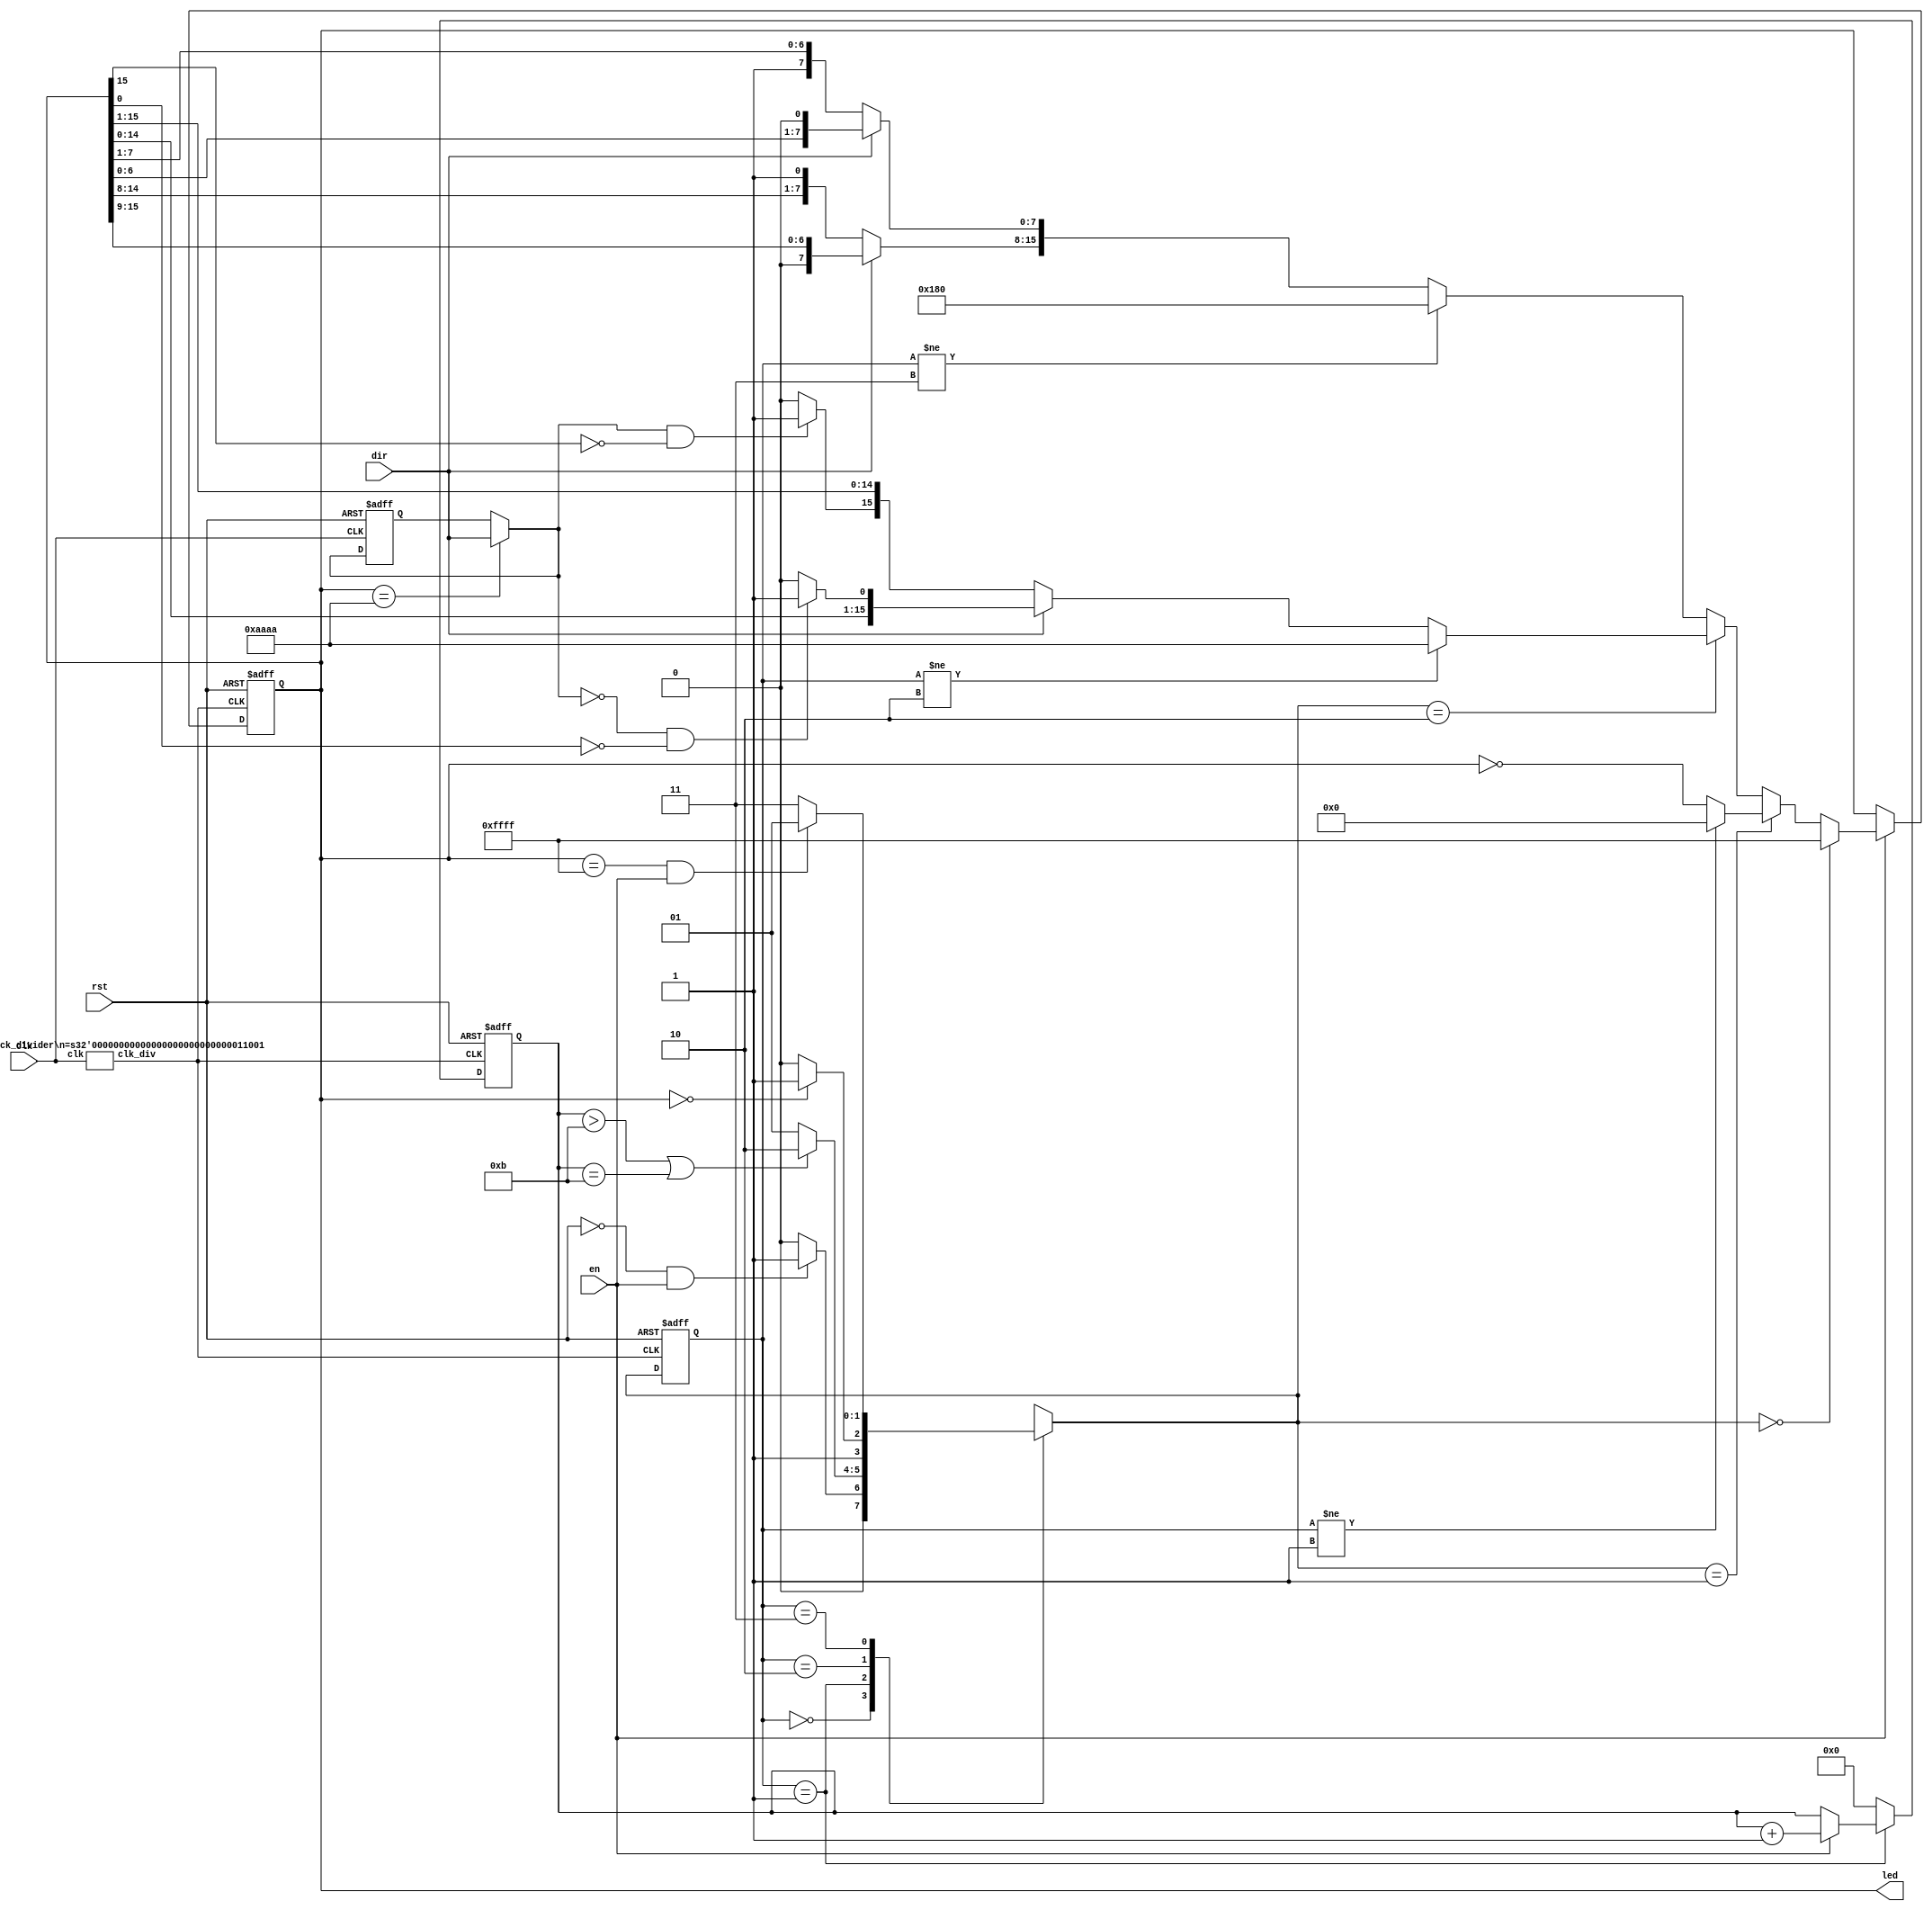
module lab3_2(clk,rst,en,dir,led);
    input clk;
    input rst;
    input en;
    input dir;
    output reg [15:0]led;

    wire clk_div;
    reg [3:0] count;
    reg [3:0] next_count;
    reg [1:0] state,next_state;
    reg [15:0] next_led;
    reg dir_flag;
    reg mem_flag;
    clock_divider #(25)div1(.clk(clk),.clk_div(clk_div));
    

    parameter RESET=2'b00;
    parameter FLASH=2'b01;
    parameter SHIFT=2'b10;
    parameter SPREAD=2'b11;

    always @(posedge clk_div or posedge rst) begin
        if(rst==1'b1)
            state<=RESET;
        else
            state<=next_state;
    end


    always @(posedge clk_div or posedge rst) begin
        if(rst==1'b1)
            count<=0;
        else
            count<=next_count;
    end
    
    always @* begin
        if(state==FLASH) begin
            if(en==1)
                next_count=count+1'b1;  
            else
                next_count=count;
        end
        else begin
            next_count=0;
        end
    end

    always@(posedge clk_div or posedge rst)begin
        if(rst)
            led <= 16'b1111111111111111;
        else
            led <= next_led;
    end
    
    always@(posedge clk or posedge rst)begin
        if(rst)
            mem_flag<=1'b0;
        else
            mem_flag<=dir_flag;
    end

    always @(*) begin
        if(led==16'b1010101010101010)
            dir_flag=dir;
        else
            dir_flag=mem_flag;
    end


    always @(*) begin
        if(en==1'b0)      
            next_led = led;
        else if(next_state==RESET)
            next_led = 16'b1111111111111111;
        else if(next_state==FLASH)
            if(state!=FLASH)
                next_led[15:0]=0;
            else
                next_led=~led;
        else if(next_state==SHIFT)
            if(state!=SHIFT)
                next_led[15:0]=16'b1010101010101010;
            else if(dir==1'b0) begin
                if(dir_flag==1'b1 && led[15]==1'b0) begin
                    next_led=led>>1;
                    next_led[15]=1'b1;
                end
                else
                    next_led=led>>1;
            end
            else begin
                if(dir_flag==1'b0 && led[0]==1'b0) begin
                    next_led=led<<1;
                    next_led[0]=1'b1;
                end
                else
                    next_led=led<<1;
            end
        else
            if(state!=SPREAD)
                next_led[15:0]=16'b0000000110000000;
            else if(dir==1'b0) begin
                next_led[15:8]={led[14:8],1'b1};
                next_led[7:0]={1'b1,led[7:1]};
            end
            else begin
                next_led[15:8]={1'b0,led[15:9]};
                next_led[7:0]={led[6:0],1'b0};
            end
    end

    always @* begin
        next_state=RESET;
        case(state)
        RESET: begin
            if(rst==1'b0 && en==1'b1)
                next_state=FLASH;
            else
                next_state=RESET;
        end
        FLASH: begin
            if(count>4'd11 || count==4'd11)
                next_state=SHIFT;
            else
                next_state=FLASH;
        end
        SHIFT: begin
            if(led[15:0]==0)
                next_state=SPREAD;
            else
                next_state=SHIFT;
        end
        SPREAD: begin
            if(led[15:0]==16'b1111111111111111 && en==1'b1)
                next_state=FLASH;
            else
                next_state=SPREAD;
        end
        endcase
    end

endmodule

module clock_divider #(parameter n=25) (clk,clk_div);
    
    input clk;
    output clk_div;

    reg [n-1:0] num;
    wire [n-1:0] next_num;

    always @(posedge clk) begin
        num<=next_num;
    end

    assign next_num=num+1;
    assign clk_div=num[n-1];
endmodule